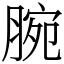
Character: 腕